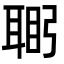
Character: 𮋴